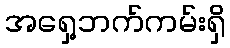
အရှေ့ဘက်ကမ်းရှိ